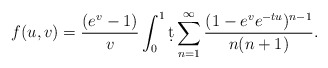
\begin{align*}f(u,v) = {( e^{v}-1)\over v} \int_0^1 \d t \sum_{n=1}^\infty {(1-e^{v} e^{-tu})^{n-1} \over n(n+1)}.\end{align*}